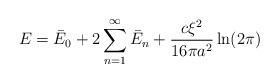
LaTeX: \begin{align*}E=\bar E_0+2\sum_{n=1}^{\infty}\bar E_n+\frac{c\xi ^2}{16 \pi a^2}\ln (2 \pi)\end{align*}